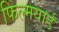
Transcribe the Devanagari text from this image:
फिल्मयार्ड